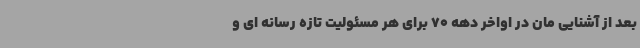
بعد از آشنایی مان در اواخر دهه 70 برای هر مسئولیت تازه رسانه ای و